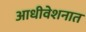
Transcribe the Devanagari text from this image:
आधीवेशनात